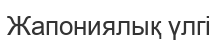
Жапониялық үлгі